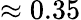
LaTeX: \approx 0.35